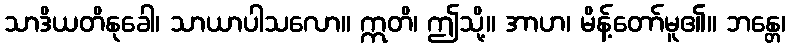
သာဒိယတိနုခေါ၊ သာယာပါသလော။ ဣတိ၊ ဤသို့။ အာဟ၊ မိန့်တော်မူ၏။ ဘန္တေ၊